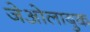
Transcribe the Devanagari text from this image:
जेओलाबुक